Vaccination North-Western Provinces 1866-1877 - 1866-1877
Year: 1866
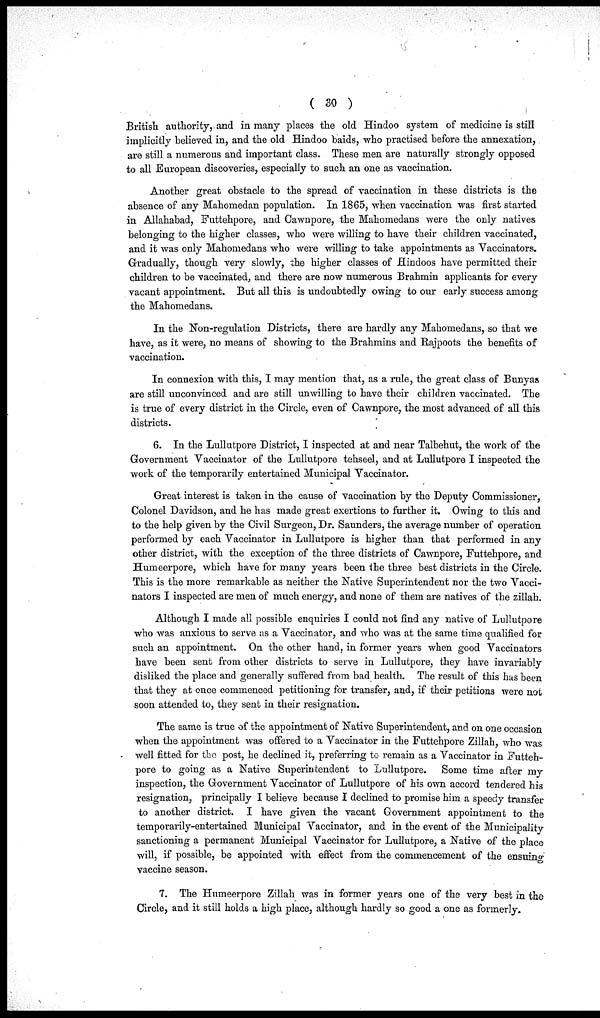
( 30 )
British authority, and in many places the old Hindoo system of medicine is still
implicitly believed in, and the old Hindoo baids, who practised before the annexation,
are still a numerous and important class. These men are naturally strongly opposed
to all European discoveries, especially to such an one as vaccination.
Another great obstacle to the spread of vaccination in these districts is the
absence of any Mahomedan population. In 1865, when vaccination was first started
in Allahabad, Futtehpore, and Cawnpore, the Mahomedans were the only natives
belonging to the higher classes, who were willing to have their children vaccinated,
and it was only Mahomedans who were willing to take appointments as Vaccinators.
Gradually, though very slowly, the higher classes of Hindoos have permitted their
children to be vaccinated, and there are now numerous Brahmin applicants for every
vacant appointment. But all this is undoubtedly owing to our early success among
the Mahomedans.
In the Non-regulation Districts, there are hardly any Mahomedans, so that we
have, as it were, no means of showing to the Brahmins and Rajpoots the benefits of
vaccination.
In connexion with this, I may mention that, as a rule, the great class of Bunyas
are still unconvinced and are still unwilling to have their children vaccinated. The
is true of every district in the Circle, even of Cawnpore, the most advanced of all this
districts.
6. In the Lullutpore District, I inspected at and near Talbehut, the work of the
Government Vaccinator of the Lullutpore tehseel, and at Lullutpore I inspected the
work of the temporarily entertained Municipal Vaccinator.
Great interest is taken in the cause of vaccination by the Deputy Commissioner,
Colonel Davidson, and he has made great exertions to further it. Owing to this and
to the help given by the Civil Surgeon, Dr. Saunders, the average number of operation
performed by each Vaccinator in Lullutpore is higher than that performed in any
other district, with the exception of the three districts of Cawnpore, Futtehpore, and
Humeerpore, which have for many years been the three best districts in the Circle.
This is the more remarkable as neither the Native Superintendent nor the two Vacci-
nators I inspected are men of much energy, and none of them are natives of the zillah.
Although I made all possible enquiries I could not find any native of Lullutpore
who was anxious to serve as a Vaccinator, and who was at the same time qualified for
such an appointment. On the other hand, in former years when good Vaccinators
have been sent from other districts to serve in Lullutpore, they have invariably
disliked the place and generally suffered from bad health. The result of this has been
that they at once commenced petitioning for transfer, and, if their petitions were not
soon attended to, they sent in their resignation.
The same is true of the appointment of Native Superintendent, and on one occasion
when the appointment was offered to a Vaccinator in the Futtehpore Zillah, who was
well fitted for the post, he declined it, preferring to remain as a Vaccinator in Futteh-
pore to going as a Native Superintendent to Lullutpore. Some time after my
inspection, the Government Vaccinator of Lullutpore of his own accord tendered his
resignation, principally I believe because I declined to promise him a speedy transfer
to another district. I have given the vacant Government appointment to the
temporarily-entertained Municipal Vaccinator, and in the event of the Municipality
sanctioning a permanent Municipal Vaccinator for Lullutpore, a Native of the place
will, if possible, be appointed with effect from the commencement of the ensuing
vaccine season.
7. The Humeerpore Zillah was in former years one of the very best in the
Circle, and it still holds a high place, although hardly so good a one as formerly.